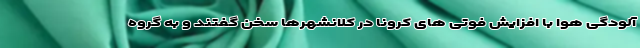
آلودگی هوا با افزایش فوتی های کرونا در کلانشهرها سخن گفتند و به گروه